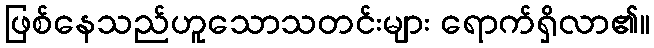
ဖြစ်နေသည်ဟူသောသတင်းများ ရောက်ရှိလာ၏။